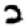
Digit: 2